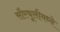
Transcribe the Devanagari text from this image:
सौरचूलीमध्ये